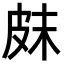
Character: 𤿗